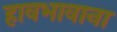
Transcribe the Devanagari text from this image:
हावभावाना